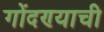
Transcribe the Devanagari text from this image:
गोंदण्याची